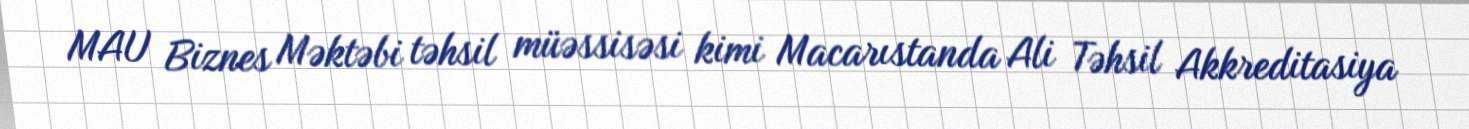
MAU Biznes Məktəbi təhsil müəssisəsi kimi Macarıstanda Ali Təhsil Akkreditasiya